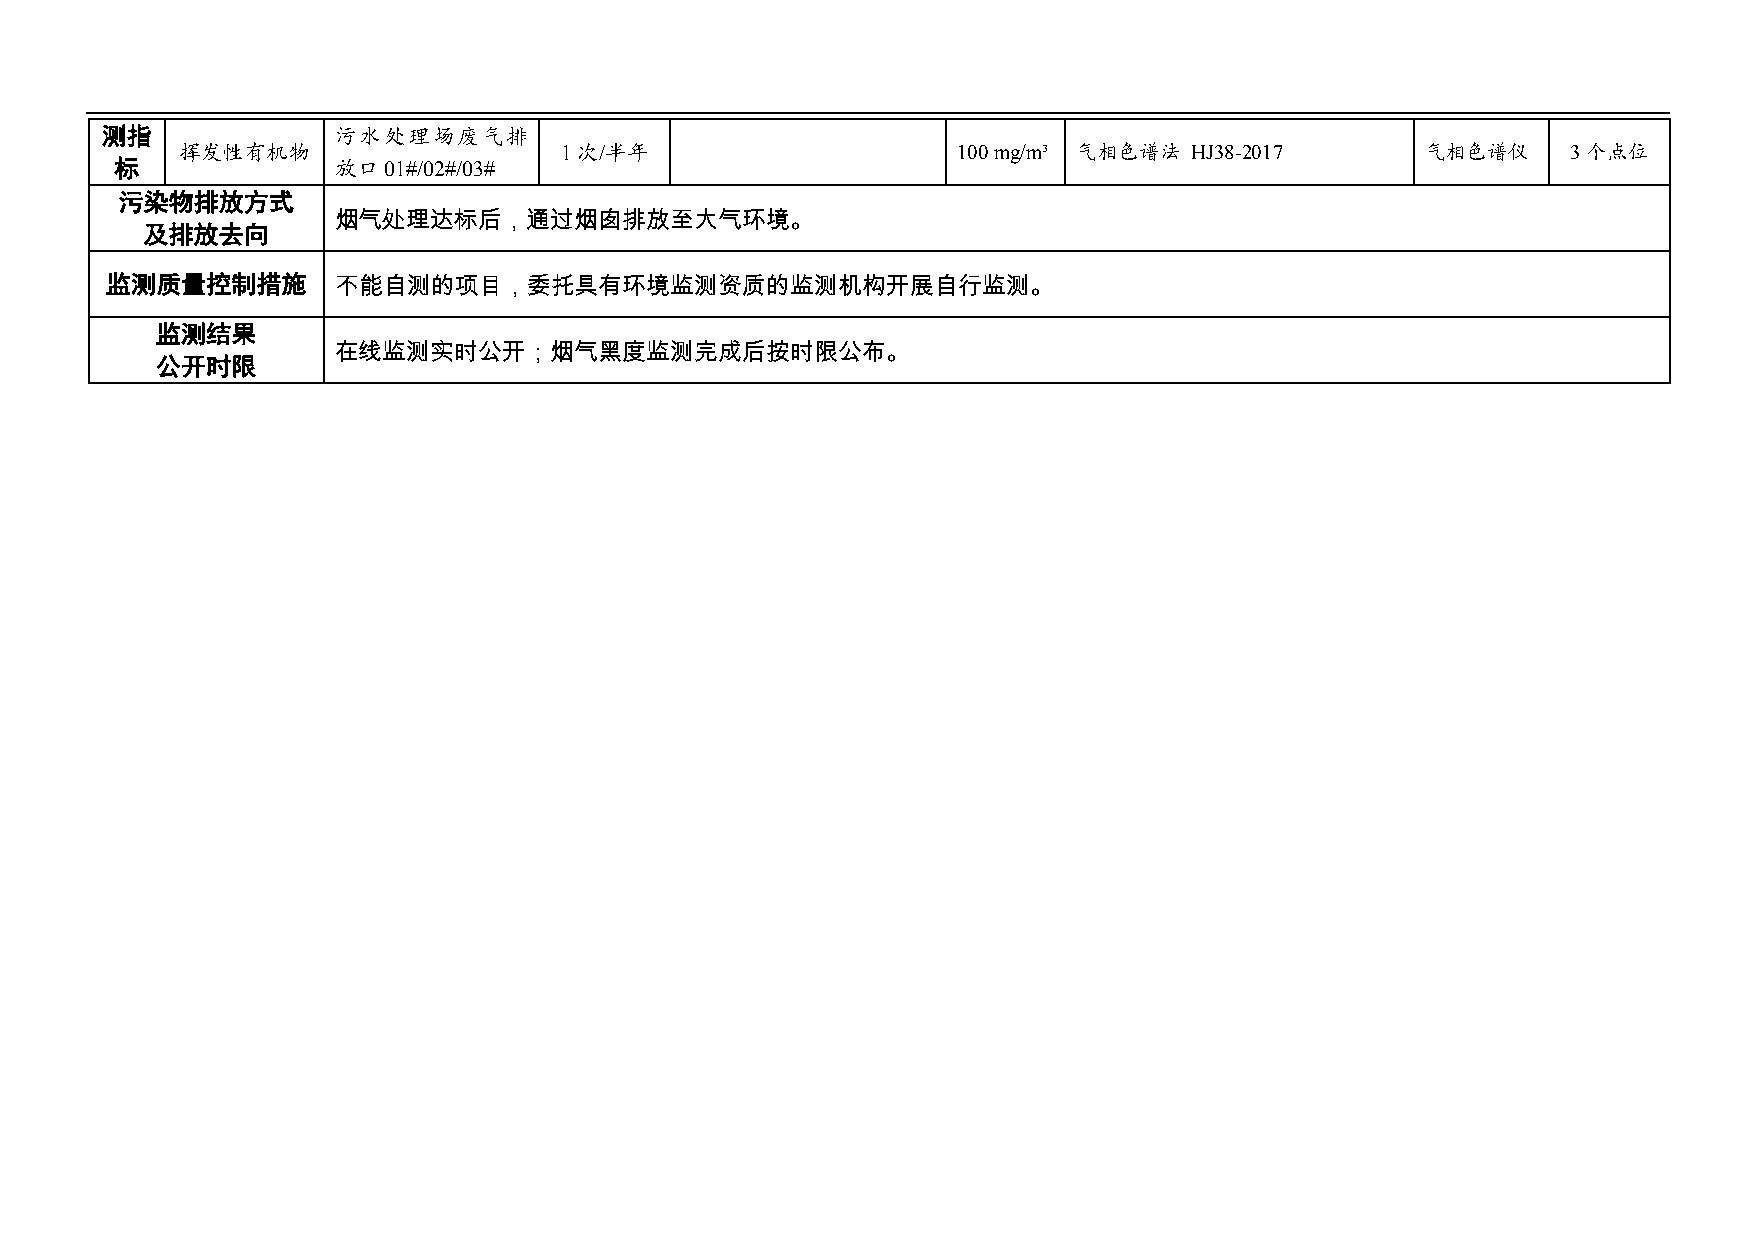
测指             污水处理场废气排
 挥发性有机物                   1次/半年                     100 mg/m³ 气相色谱法 HJ38-2017      气相色谱仪     3个点位
 标             放口01#/02#/03#
 污染物排放方式
 烟气处理达标后，通过烟囱排放至大气环境。
 及排放去向
 监测质量控制措施       不能自测的项目，委托具有环境监测资质的监测机构开展自行监测。
 监测结果
 在线监测实时公开；烟气黑度监测完成后按时限公布。
 公开时限